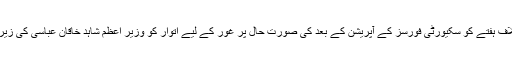
فیض آباد کے مقام پر جاری دھرنے اور اس کے خلاف ہفتے کو سکیورٹی فورسز کے آپریشن کے بعد کی صورتِ حال پر غور کے لیے اتوار کو وزیرِ اعظم شاہد خاقان عباسی کی زیرِصدارت وزیر اعظم ہاؤس میں مشاورتی اجلاس ہوا۔